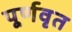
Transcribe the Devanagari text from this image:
पूर्णवृत